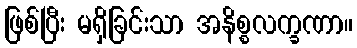
ဖြစ်ပြီး မရှိခြင်းသာ အနိစ္စလက္ခဏာ။